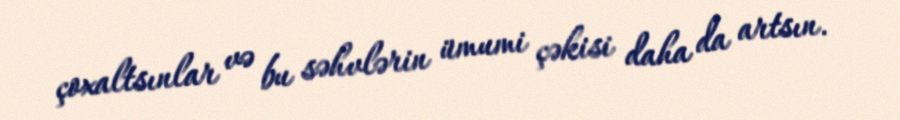
çoxaltsınlar və bu səhvlərin ümumi çəkisi daha da artsın.